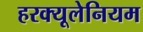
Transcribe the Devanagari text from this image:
हरक्यूलेनियम